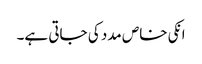
انکی خاص مدد کی جاتی ہے۔